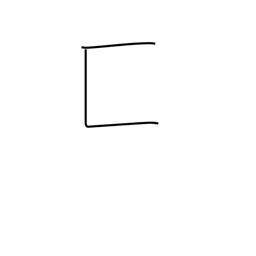
Meaning: box-on-side enclosure radical (no. 22)